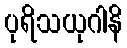
ပုရိသယုဂါနိ